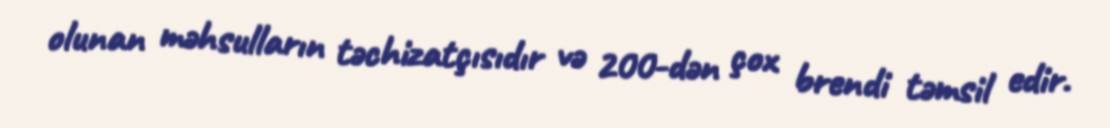
olunan məhsulların təchizatçısıdır və 200-dən çox brendi təmsil edir.